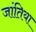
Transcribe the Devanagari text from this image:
जांतिया